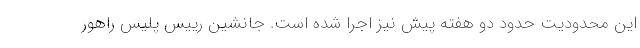
این محدودیت حدود دو هفته پیش نیز اجرا شده است. جانشین رییس پلیس راهور